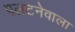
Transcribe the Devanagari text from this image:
पलटनेवाला